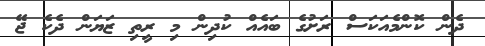
ދެން ކޮންމެއަކަސް ރަށުގެ ބައެއް ކުދިން މި ރީތި ޒަޔަން ދެކެ ޖޭ